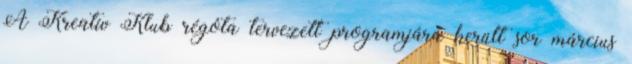
A Kreatív Klub régóta tervezett programjára került sor március